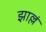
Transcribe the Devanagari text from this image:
झाल्लं